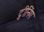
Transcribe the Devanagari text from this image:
ट्वीनिंग